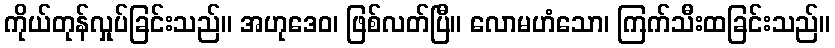
ကိုယ်တုန်လှုပ်ခြင်းသည်။ အဟုဒေဝ၊ ဖြစ်လတ်ပြီ။ လောမဟံသော၊ ကြက်သီးထခြင်းသည်။